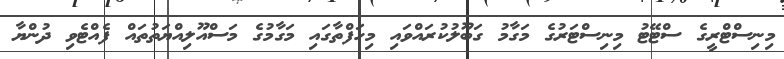
މިނިސްޓްރީގެ ސްޓޭޓު މިނިސްޓަރުގެ މަގާމު ގަބޫލުކުރައްވައި މިހަފްތާގައި މަގާމުގެ މަސްއޫލިއްޔަތުތައް ފެއްޓެވި ދުންޔާ